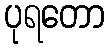
ပုရတော